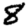
Digit: 8